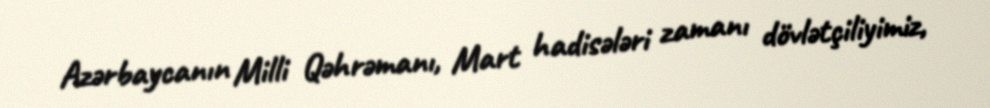
Azərbaycanın Milli Qəhrəmanı, Mart hadisələri zamanı dövlətçiliyimiz,